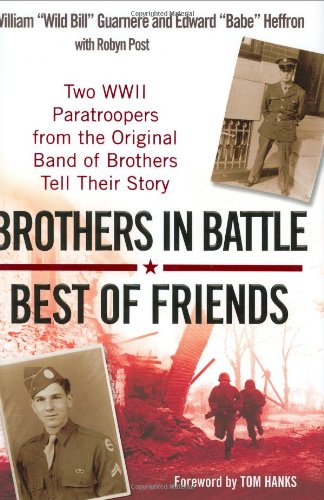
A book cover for Brothers In Battle, Best of Friends; William Guarnere; History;